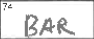
Transcription: BAR